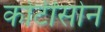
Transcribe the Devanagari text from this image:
कोर्टीसोन